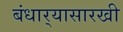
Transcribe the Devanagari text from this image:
बंधार्‍यासारखी